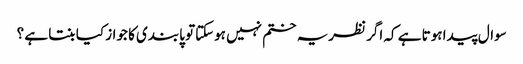
سوال پیدا ہوتا ہے کہ اگر نظریہ ختم نہیں ہوسکتاتو پابندی کا جواز کیا بنتا ہے ؟